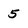
Character: 5